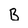
Character: B